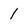
Character: 1